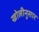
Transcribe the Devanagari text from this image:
खोलीनुसार